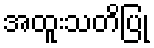
အထူးသတိပြု